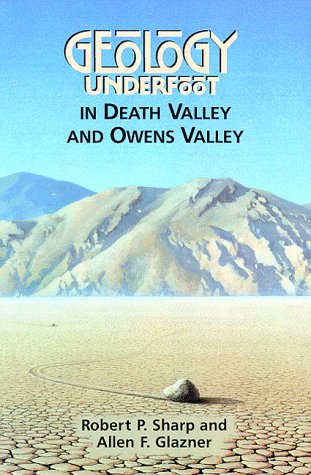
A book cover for Geology Underfoot in Death Valley and Owens Valley; Robert P. Sharp; Travel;